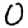
Digit: 0